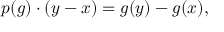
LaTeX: p ( g ) \cdot ( y - x ) = g ( y ) - g ( x ) ,